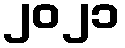
၂၀၂၁